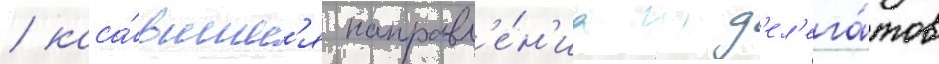
/ каса́вшиес'я направл'е́н'иа д'ел'ега́тов